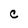
Character: C